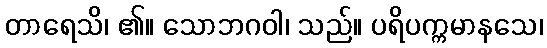
တာရေသိ၊ ၏။ သောဘဂဝါ၊ သည်။ ပရိပက္ကမာနသေ၊